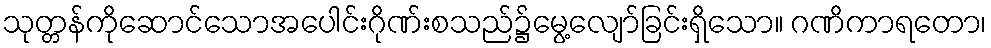
သုတ္တန်ကိုဆောင်သောအပေါင်းဂိုဏ်းစသည်၌မွေ့လျော်ခြင်းရှိသော။ ဂဏိကာရတော၊